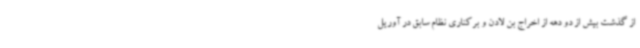
از گذشت بیش از دو دهه از اخراج بن لادن و برکناری نظام سابق در آوریل